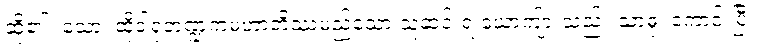
ဆို၏။ သော၊ ထိုဒါရုဘဏ္ဍကမဟာတိဿမည်သော သူဆင်းရဲ ယောကျ်ားသည်။ သာဓု၊ ကောင်းပြီ။